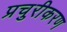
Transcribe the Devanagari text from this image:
प्रचुरीकरण